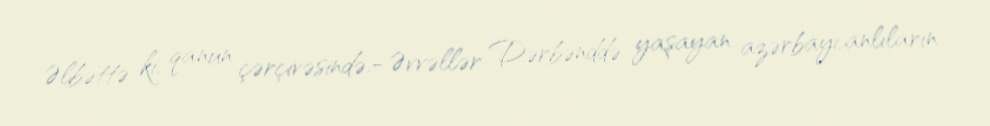
Əlbəttə ki, qanun çərçivəsində.- Əvvəllər Dərbənddə yaşayan azərbaycanlıların